Report on vaccination in Madras 1877-1894 - 1877-1894
Year: 1877
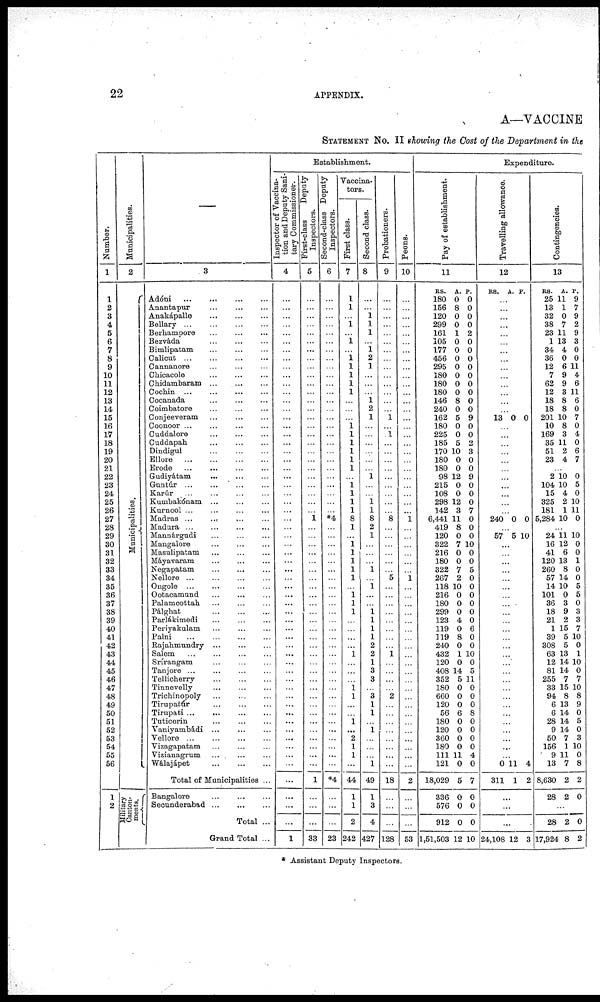
22
APPENDIX.
A—VACCINE
STATEMENT No. II showing the Cost of the Department in the
Number.
1
1
2
3
4
5
6
7
8
9
10
11
12
13
14
15
16
17
18
19
20
21
22
23
24
25
26
27
28
29
30
31
32
33
34
35
36
37
38
39
40
41
42
43
44
45
46
47
48
49
50
51
52
53
54
55
56
1
2
Municipalities.
2
Municipalities.
Military
Canton-
ments.
—
3
Adóni
...
...
...
...
Anantapur
...
...
...
Anakápalle
...
...
...
Bellary...
...
...
...
Berhampore
...
...
...
Bezváda ... ... ...
Bimlipatam
...
...
...
Calicut
...
...
...
...
Cannanore ... ... ...
Chicacole
...
...
...
Chidambaram ...
...
...
Cochin ... ... ...
Cocanada ... ... ...
Coimbatore
...
...
...
Conjeeveram
...
...
...
Coonoor
...
...
...
...
Cuddalore
...
...
...
Cuddapah
...
...
...
Dindigul
...
...
...
Ellore
...
...
...
...
Erode
...
...
...
...
Gudiyátam
...
...
...
Guntúr ... ... ...
Karúr
...
...
...
...
Kumbakónam...
...
...
Kurnool ... ... ... ...
Madras
...
...
...
...
Madura ... ... ... ...
Mannàrgudi
...
...
...
Mangalore
...
...
...
Masulipatam ... ... ...
Máyavaram ... ... ...
Negapatam ... ... ...
Nellore
...
...
...
...
Ongole
...
...
...
...
Ootacamund
...
...
...
Palamcottah
...
...
...
Pálghat
...
...
...
Parlákimedi ... ... ...
Periyakulam ... ... ...
Palni
...
...
...
...
Rajahmundry ... ... ...
Salem ... ... ... ...
Srírangam
...
...
...
Tanjore
...
...
...
...
Tellicherry ... ... ...
Tinnevelly
...
...
...
Trichinopoly
...
...
...
Tirupatúr
...
...
...
Tirupati ... ... ... ...
Tuticorin
...
...
...
Vaniyambádi ... ... ...
Vellore
...
...
...
...
Vizagapatam ... ... ...
Vizianagrum ... ... ...
Wálajápet
...
...
...
Total of Municipalities ...
Bangalore
...
...
...
Secunderabad
...
...
...
Total ...
Grand Total ...
Establishment.
Inspector of Vaccina-
tion and Deputy Sani-
tary Commissioner.
4
...
...
...
...
...
...
...
...
...
...
...
...
...
...
...
...
...
...
...
...
...
...
...
...
...
...
...
...
...
...
...
...
...
...
...
...
...
...
...
...
...
...
...
...
...
...
...
...
...
...
...
...
...
...
...
...
...
...
...
...
1
First-class
Deputy
Inspectors.
5
...
...
...
...
...
...
...
...
...
...
...
...
...
...
...
...
...
...
...
...
...
...
...
...
...
...
1
...
...
...
...
...
...
...
...
...
...
...
...
...
...
...
...
...
...
...
...
...
...
...
...
...
...
...
...
...
1
...
...
...
33
Second-class Deputy
Inspectors.
6
...
...
...
...
...
...
...
...
...
...
...
...
...
...
...
...
...
...
...
...
...
...
...
...
...
...
*4
...
...
...
...
...
...
...
...
...
...
...
...
...
...
...
...
...
...
...
...
...
...
...
...
...
...
...
...
...
*4
...
...
...
23
Vaccina-
tors.
First class.
7
1
1
...
1
...
1
...
1
1
1
1
1
...
...
...
1 1
1
1
1
1
...
1 1
1
1
8
1
...
1
1
1
1
1
...
1 1
1
...
...
...
...
1
...
...
...
1 1
...
...
1
...
2
1
1
...
44
1
1
2
242
Second class.
8
...
...
1
1
1
...
1
2
1
...
...
...
1
2
1
...
...
...
...
...
...
1
...
...
1 1
8
2
1
...
...
...
1
...
1
...
...
1 1
1
1
2
2
1
3
3
...
3
1
1
...
1
...
...
...
1
49
1
3
4
427
Probationers.
9
...
...
...
...
...
...
...
...
...
...
...
...
...
...
1
...
1
...
...
...
...
...
...
...
...
...
8
...
...
...
...
...
...
5
...
...
...
...
...
...
...
...
1
...
...
...
...
2
...
...
...
...
...
...
...
...
18
...
...
...
128
Peons.
10
...
...
...
...
...
...
...
...
...
...
...
...
...
...
...
...
...
...
...
...
...
...
...
...
...
...
1
...
...
...
...
...
...
1
...
...
...
...
...
...
...
...
...
...
...
...
...
...
...
...
...
...
...
...
...
...
2
...
...
...
53
Expenditure.
Pay of establishment.
11
RS.
180
156
120
299
161
105
177
456
295
180
180
180
146
240
162
180
225
185
170
180
180
98
215
108
298
142
6,441
419
120
322
216
180
322
267
118
216
180
299
123
119
119
240
432
120
408
352
180
660
120
56
180
120
360
180
111
121
18,029
336
576
912
1,51,503
A.
0
8
0
0
1
0
0
0
0
0
0
0
8
0
5
0
0
5
10
0
0
12
0
0
12
3
11
8
0
7
0
0
7
2
10
0
0
0
4
0
8
0
1
0
14
5
0
0
0
6
0
0
0
0
11
0
5
0
0
0
12
P.
0
0
0
0
2
0
0
0
0
0
0
0
0
0
9
0
0
2
3
0
0
9
0
0
0
7
0
0
0
10
0
0
5
0
0
0
0
0
0
6
0
0
10
0
5
11
0
0
0
8
0
0
0
0
4
0
7
0
0
0
10
Travelling allowance.
12
RS.
A. P.
...
...
...
...
...
...
...
...
...
...
...
...
...
...
13 0 0
...
...
...
...
...
...
...
...
...
...
...
240 0 0
...
57 5 10
...
...
...
...
...
...
...
...
...
...
...
...
...
...
...
...
...
...
...
...
...
...
...
...
...
...
0
311
11
1
4
2
...
...
...
24,108 12 3
Contingencies.
13
RS.
25
13
32
38
23
1
34
36
12
7
62
12
18
18
201
10
169
35
51
23
A.
11
1
0
7
11
13
4
0
6
9
9
3
8
8
10
8
3
11
2
4
P.
9
7
9
2
9
3
0
0
11
4
6
11
6
0
7
0
4
0
6
7
...
2
104
15
325
181
5,284
10 10
4
2
1
10
0
5
0
10
11
0
...
24
16
41
120
260
57
14
101
36
18
21
1
39
308
63
12
81
255
33
94
6
6
28
9
50
156
9
13
8,630
28
11
12
6
13
8
14
10
0
3
9
2
15
5
5
13
14
14
7
15
8
13
14
14
14
7
1
11
7
2
2
10
0
0
1
0
0
5
5
0
3
3
7
10
0
1
10
0
7
10
8
9
0
5
0
3
10
0
8
2
0
...
28
17,924
2
8
0
2
* Assistant Deputy Inspectors.